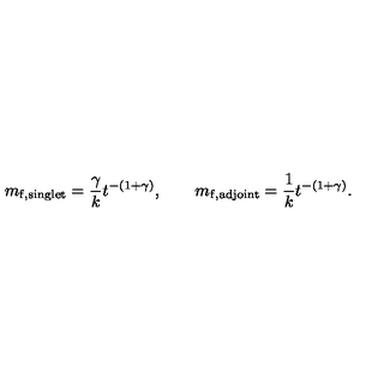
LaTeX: m _ { \mathrm { f , s i n g l e t } } = \frac { \gamma } { k } t ^ { - ( 1 + \gamma ) } , \qquad m _ { \mathrm { f , a d j o i n t } } = \frac { 1 } { k } t ^ { - ( 1 + \gamma ) } .